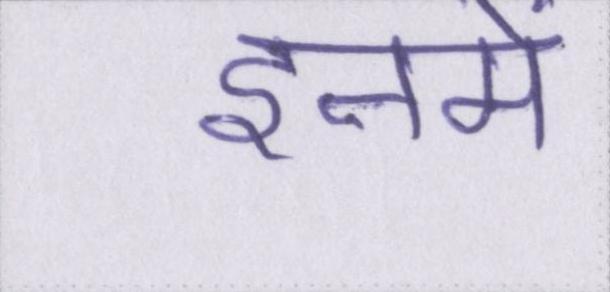
इनमे